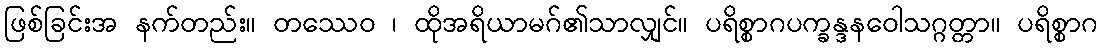
ဖြစ်ခြင်းအ နက်တည်း။ တဿေဝ ၊ ထိုအရိယာမဂ်၏သာလျှင်။ ပရိစ္စာဂပက္ခန္ဒနဝေါသဂ္ဂတ္တာ။ ပရိစ္စာဂ